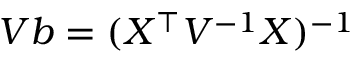
V b = ( X ^ { \top } V ^ { - 1 } X ) ^ { - 1 }